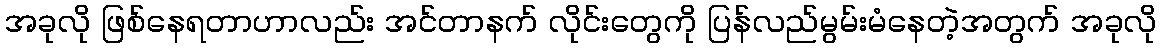
အခုလို ဖြစ်နေရတာဟာလည်း အင်တာနက် လိုင်းတွေကို ပြန်လည်မွမ်းမံနေတဲ့အတွက် အခုလို